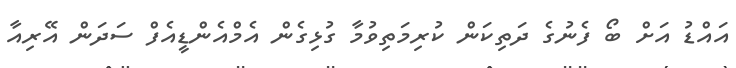
އައްޑު އަށް ބޯ ފެނުގެ ދަތިކަން ކުރިމަތިވުމާ ގުޅިގެން އެމްއެންޑީއެފް ސަދަން އޭރިއާ